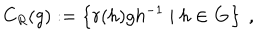
C _ { R } ( g ) : = \left\{ r ( h ) g h ^ { - 1 } \mid h \in \mathbf { G } \right\} ~ ,